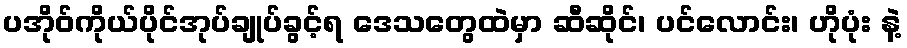
ပအိုဝ်ကိုယ်ပိုင်အုပ်ချုပ်ခွင့်ရ ဒေသတွေထဲမှာ ဆီဆိုင်၊ ပင်လောင်း၊ ဟိုပုံး နဲ့